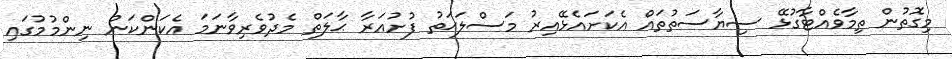
މިގޮތުން ތިމާވެއްޓާގުޅޭ ސިޔާސަތުތައް އެކަށައެޅޭއިރު މަސްލަޙަތު ފުށުއަރާ ޙާލަތް މެދުވެރިވާނަމަ އެކަންކަން ނިންމުމުގައި